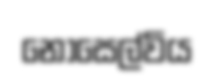
නොසෙල්විය